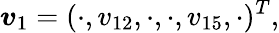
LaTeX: \boldsymbol{v}_{1}=(\cdot,v_{12},\cdot,\cdot,v_{15},\cdot)^{T},